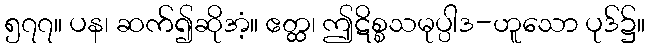
၅၇၇။ ပန၊ ဆက်၍ဆိုအံ့။ ဧတ္ထ၊ ဤဋိစ္စသမုပ္ပါဒ-ဟူသော ပုဒ်၌။